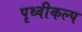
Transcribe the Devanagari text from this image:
पृथ्वीकल्प